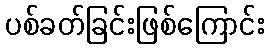
ပစ်ခတ်ခြင်းဖြစ်ကြောင်း